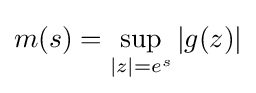
m(s)=\sup _{|z|=e^{s}}|g(z)|